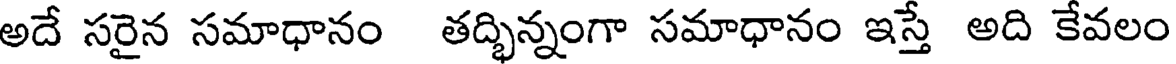
అదే సరైన సమాధానం తద్భిన్నంగా సమాధానం ఇస్తే అది కేవలం